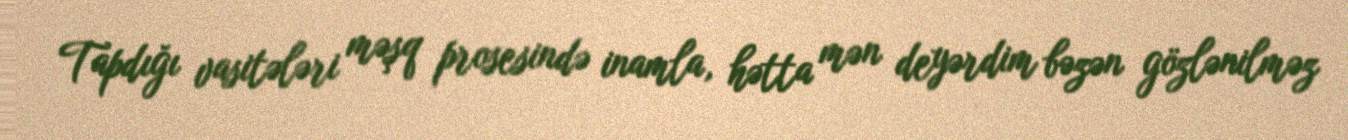
Tapdığı vasitələri məşq prosesində inamla, hətta mən deyərdim bəzən gözlənilməz